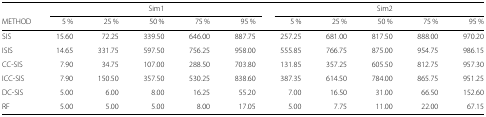
|  |  |  | Sim1 |  |  |  |  | Sim2 |  |  |
 | METHOD | 5 % | 25 % | 50 % | 75 % | 95 % | 5 % | 25 % | 50 % | 75 % | 95 % |
 | --- | --- | --- | --- | --- | --- | --- | --- | --- | --- | --- |
 | SIS | 15.60 | 72.25 | 339.50 | 646.00 | 887.75 | 257.25 | 681.00 | 817.50 | 888.00 | 970.20 |
 | ISIS | 14.65 | 331.75 | 597.50 | 756.25 | 958.00 | 555.85 | 766.75 | 875.00 | 954.75 | 986.15 |
 | CC-SIS | 7.90 | 34.75 | 107.00 | 288.50 | 703.80 | 131.85 | 357.25 | 605.50 | 812.75 | 957.30 |
 | ICC-SIS | 7.90 | 150.50 | 357.50 | 530.25 | 838.60 | 387.35 | 614.50 | 784.00 | 865.75 | 951.25 |
 | DC-SIS | 5.00 | 6.00 | 8.00 | 16.25 | 55.20 | 7.00 | 16.50 | 31.00 | 66.50 | 152.60 |
 | RF | 5.00 | 5.00 | 5.00 | 8.00 | 17.05 | 5.00 | 7.75 | 11.00 | 22.00 | 67.15 |